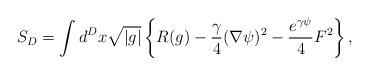
\begin{align*}S_{D} = \int d^D x \sqrt{|g|} \left\{ R(g) -\frac{\gamma}4(\nabla\psi)^2 - \frac{e^{\gamma\psi}}4 F^2\right\},\end{align*}